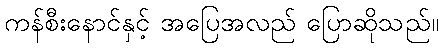
ကန်စီးနောင်နှင့် အပြေအလည် ပြောဆိုသည်။